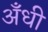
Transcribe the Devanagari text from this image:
अँधी